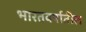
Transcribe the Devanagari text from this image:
भारतवर्षातील